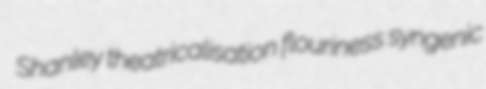
Shanley theatricalisation flouriness syngenic